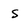
Character: s